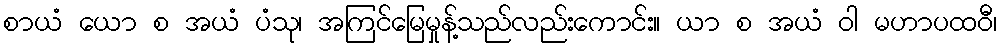
စာယံ ယော စ အယံ ပံသု၊ အကြင်မြေမှုန့်သည်လည်းကောင်း။ ယာ စ အယံ ဝါ မဟာပထဝီ၊